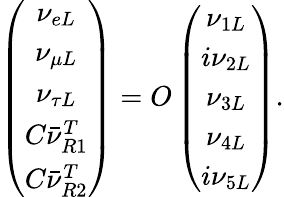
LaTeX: \left(\begin{array}{c}{{\nu_{eL}}}\\ {{\nu_{\mu L}}}\\ {{\nu_{\tau L}}}\\ {{C\bar{\nu}_{R1}^{T}}}\\ {{C\bar{\nu}_{R2}^{T}}}\end{array}\right)=O\left(\begin{array}{c}{{\nu_{1L}}}\\ {{i\nu_{2L}}}\\ {{\nu_{3L}}}\\ {{\nu_{4L}}}\\ {{i\nu_{5L}}}\end{array}\right).